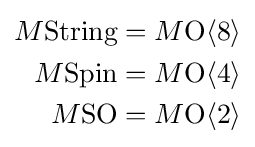
{\begin{aligned}M{\text{String}}&=M{\text{O}}\langle 8\rangle \\M{\text{Spin}}&=M{\text{O}}\langle 4\rangle \\M{\text{SO}}&=M{\text{O}}\langle 2\rangle \end{aligned}}